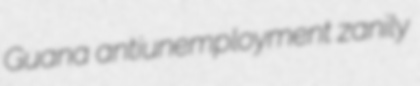
Guana antiunemployment zanily